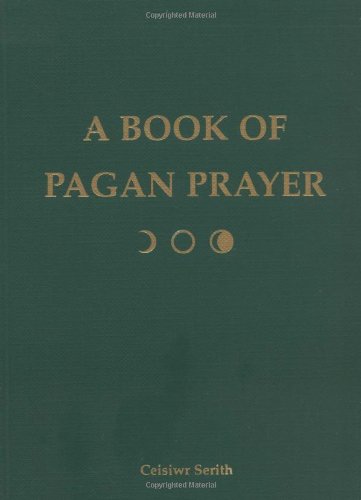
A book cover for A Book of Pagan Prayer; Ceisiwr Serith; Religion & Spirituality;